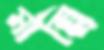
মান্নি